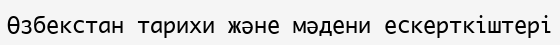
Өзбекстан тарихи және мәдени ескерткіштері